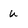
Character: U